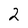
Character: 2